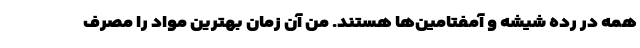
همه در رده شیشه و آمفتامین‌ها هستند. من آن زمان بهترین مواد را مصرف